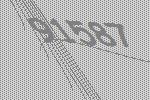
91587